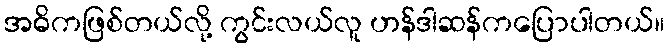
အဓိကဖြစ်တယ်လို့ ကွင်းလယ်လူ ဟန်ဒါဆန်ကပြောပါတယ်။